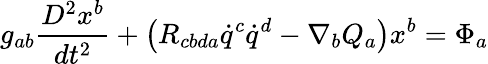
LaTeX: g_{ab}\frac{D^{2}x^{b}}{dt^{2}}+\left(R_{cbda}\dot{q}^{c}\dot{q}^{d}-\nabla_{b}Q_{a}\right)x^{b}=\Phi_{a}